Indian journal of veterinary science and animal husbandry - Volume 6,
Year: 1936
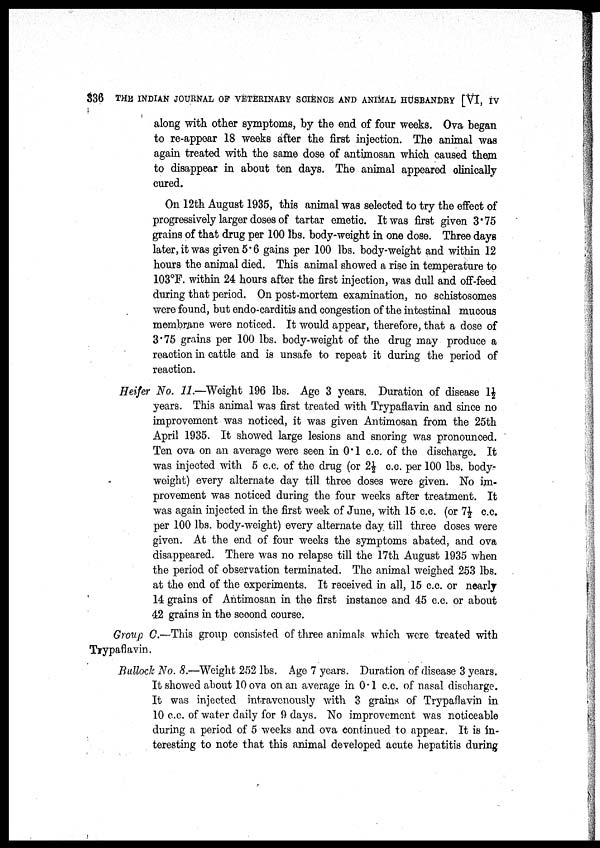
336
THE INDIAN JOURNAL OF VETERINARY SCIENCE AND ANIMAL HUSBANDRY [VI, IV
along with other symptoms, by the end of four weeks. Ova began
to re-appear 18 weeks after the first injection. The animal was
again treated with the same dose of antimosan which caused them
to disappear in about ten days. The animal appeared clinically
cured.
On 12th August 1935, this animal was selected to try the effect of
progressively larger doses of tartar emetic. It was first given 3.75
grains of that drug per 100 lbs. body-weight in one dose. Three days
later, it was given 5.6 gains per 100 lbs. body-weight and within 12
hours the animal died. This animal showed a rise in temperature to
103°F. within 24 hours after the first injection, was dull and off-feed
during that period. On post-mortem examination, no schistosomes
were found, but endo-carditis and congestion of the intestinal mucous
membrane were noticed. It would appear, therefore, that a dose of
3.75 grains per 100 lbs. body-weight of the drug may produce a
reaction in cattle and is unsafe to repeat it during the period of
reaction.
Heifer No. 11.—Weight 196 lbs. Age 3 years. Duration of disease 1½
years. This animal was first treated with Trypaflavin and since no
improvement was noticed, it was given Antimosan from the 25th
April 1935. It showed large lesions and snoring was pronounced.
Ten ova on an average were seen in 0.1 c.c. of the discharge. It
was injected with 5 c.c. of the drug (or 2½ c.c. per 100 lbs. body¬
weight) every alternate day till three doses were given. No im-
provement was noticed during the four weeks after treatment. It
was again injected in the first week of June, with 15 c.c. (or 7½ c.c.
per 100 lbs. body-weight) every alternate day till three doses were
given. At the end of four weeks the symptoms abated, and ova
disappeared. There was no relapse till the 17th August 1935 when
the period of observation terminated. The animal weighed 253 lbs.
at the end of the experiments. It received in all, 15 c.c. or nearly
14 grains of Antimosan in the first instance and 45 c.c. or about
42 grains in the second course.
Group C.—This group consisted of three animals which were treated with
Trypaflavin.
Bullock No. 8.—Weight 252 lbs. Age 7 years. Duration of disease 3 years.
It showed about 10 ova on an average in 0.1 c.c. of nasal discharge.
It was injected intravenously with 3 grains of Trypaflavin in
10 c.c. of water daily for 9 days. No improvement was noticeable
during a period of 5 weeks and ova continued to appear. It is in-
teresting to note that this animal developed acute hepatitis during